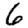
Digit: 6